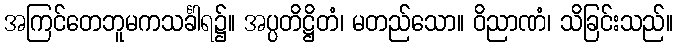
အကြင်တေဘူမကသင်္ခါရ၌။ အပ္ပတိဋ္ဌိတံ၊ မတည်သော။ ဝိညာဏံ၊ သိခြင်းသည်။